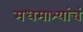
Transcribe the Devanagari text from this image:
मधमाश्यांचं